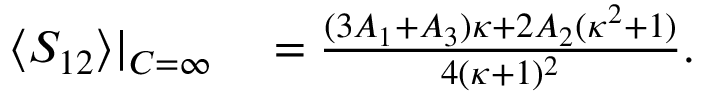
\begin{array} { r l } { \langle S _ { 1 2 } \rangle | _ { C = \infty } } & { { } = \frac { ( 3 A _ { 1 } + A _ { 3 } ) \kappa + 2 A _ { 2 } ( \kappa ^ { 2 } + 1 ) } { 4 ( \kappa + 1 ) ^ { 2 } } . } \end{array}